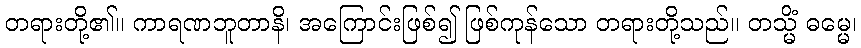
တရားတို့၏။ ကာရဏဘူတာနိ၊ အကြောင်းဖြစ်၍ ဖြစ်ကုန်သော တရားတို့သည်။ တသ္မိံ ဓမ္မေ၊